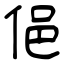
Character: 俋